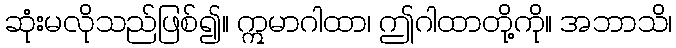
ဆုံးမလိုသည်ဖြစ်၍။ ဣမာဂါထာ၊ ဤဂါထာတို့ကို။ အဘာသိ၊